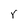
Character: r